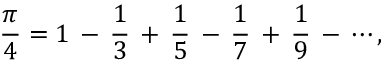
{ \frac { \pi } { 4 } } = 1 \, - \, { \frac { 1 } { 3 } } \, + \, { \frac { 1 } { 5 } } \, - \, { \frac { 1 } { 7 } } \, + \, { \frac { 1 } { 9 } } \, - \, \cdots ,